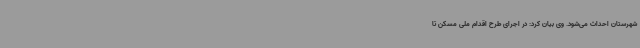
شهرستان احداث می‌شود. وی بیان کرد: در اجرای طرح اقدام ملی مسکن تا